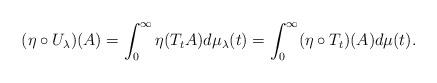
LaTeX: \begin{align*} (\eta \circ U_{\lambda})(A) = \int_0^{\infty} \eta (T_tA) d \mu_{\lambda}(t) = \int_0^{\infty} (\eta \circ T_t)(A) d \mu (t) .\end{align*}